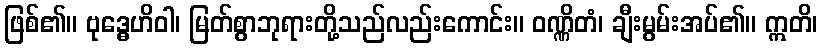
ဖြစ်၏။ ဗုဒ္ဓေဟိဝါ၊ မြတ်စွာဘုရားတို့သည်လည်းကောင်း။ ဝဏ္ဏိတံ၊ ချီးမွမ်းအပ်၏။ ဣတိ၊